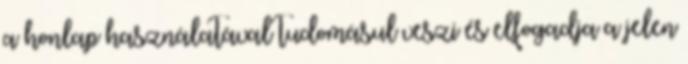
a honlap használatával tudomásul veszi és elfogadja a jelen